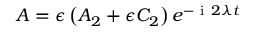
A = \epsilon \left( A _ { 2 } + \epsilon C _ { 2 } \right) e ^ { - \mathrm { ~ i ~ } 2 \lambda t }